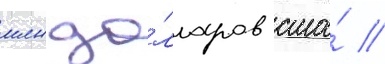
млн до́лларов сша́ //